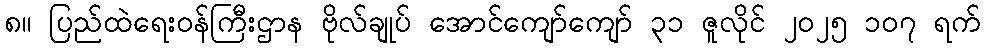
၈။ ပြည်ထဲရေးဝန်ကြီးဌာန ဗိုလ်ချုပ် အောင်ကျော်ကျော် ၃၁ ဇူလိုင် ၂၀၂၅ ၁၀၇ ရက်